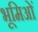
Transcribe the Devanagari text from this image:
भूमिओं